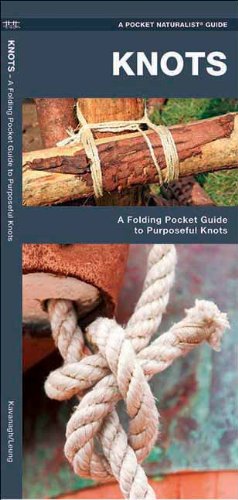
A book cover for Knots: A Folding Pocket Guide to Purposeful Knots (Pocket Tutor Series); James Kavanagh; Crafts, Hobbies & Home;